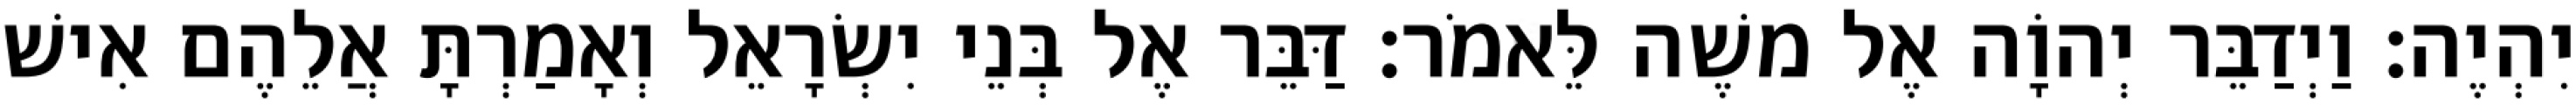
יִהְיֶה׃ וַיְדַבֵּר יְהוָֹה אֶל משֶׁה לֵּאמֹר׃ דַּבֵּר אֶל בְּנֵי יִשְׂרָאֵל וְאָמַרְתָּ אֲלֵהֶם אִישׁ